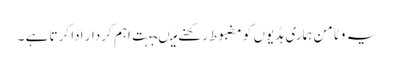
یہ وٹامن ہماری ہڈیوں کو مضبوط رکھنے میںبہت اہم کردار ادا کرتا ہے ۔